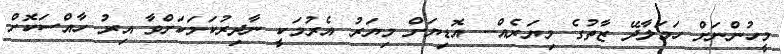
މީހުންނަށް ހަމަލާދޭ ޒާތުގެ މިޔަރެއް-- އޮޑިޔަށް މިޔަރު އެރުމަކީ ނާދިރުކަމަކަށްވާ އިރު ހާއްސަކޮށް